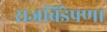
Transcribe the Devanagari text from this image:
राजबिंडेपणा